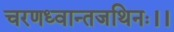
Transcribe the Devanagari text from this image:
चरणध्वान्तजथिनः।।